Annual report of the Punjab Veterinary College and of the Civil Veterinary Department, Punjab - 1926-1932
Year: 1926
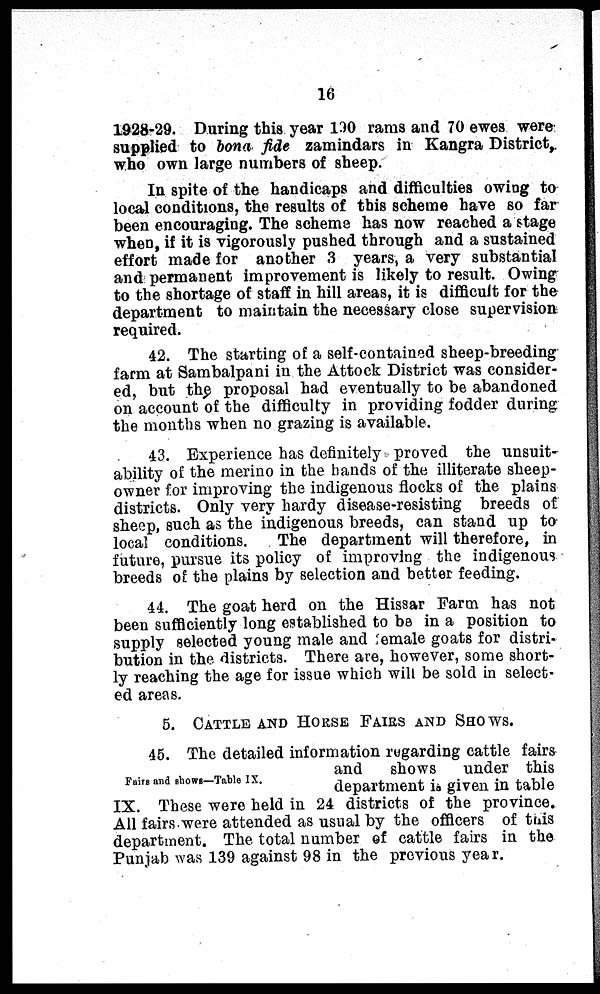
16
1928-29. During this year 190 rams and 70 ewes were
supplied to bona fide zamindars in Kangra District,
who own large numbers of sheep.
In spite of the handicaps and difficulties owing to
local conditions, the results of this scheme have so far
been encouraging. The scheme has now reached a stage
when, if it is vigorously pushed through and a sustained
effort made for another 3 years, a very substantial
and permanent improvement is likely to result. Owing
to the shortage of staff in hill areas, it is difficult for the
department to maintain the necessary close supervision
required.
42. The starting of a self-contained sheep-breeding
farm at Sambalpani in the Attock District was consider-
ed, but the proposal had eventually to be abandoned
on account of the difficulty in providing fodder during
the months when no grazing is available.
43. Experience has definitely proved the unsuit-
ability of the merino in the hands of the illiterate sheep-
owner for improving the indigenous flocks of the plains
districts. Only very hardy disease-resisting breeds of
sheep, such as the indigenous breeds, can stand up to
local conditions.
The department will therefore, in
future, pursue its policy of improving the indigenous
breeds of the plains by selection and better feeding.
44. The goat herd on the Hissar Farm has not
been sufficiently long established to be in a position to
supply selected young male and female goats for distri-
bution in the districts. There are, however, some short-
ly reaching the age for issue which will be sold in select-
ed areas.
5. CATTLE AND HOUSE FAIRS AND SHOWS.
Fairs and shows—Table IX.
45. The detailed information regarding cattle fairs
and
shows
under this
department is given in table
IX. These were held in 24 districts of the province.
All fairs were attended as usual by the officers of this
department. The total number of cattle fairs in the
Punjab was 139 against 98 in the previous year.